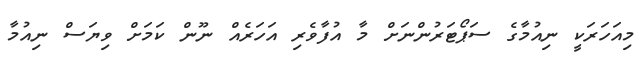
މިއަހަރަކީ ނިއުމާގެ ސަޕޯޓަރުންނަށް މާ އުފާވެރި އަހަރެއް ނޫން ކަމަށް ވިޔަސް ނިއުމާ